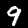
Label: 9